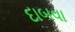
દાબવા